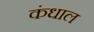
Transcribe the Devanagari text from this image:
कंधाल